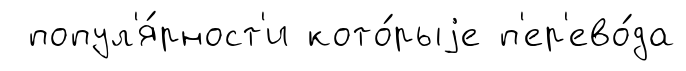
попул'я́рност'и кото́рыjе п'ер'ево́да